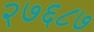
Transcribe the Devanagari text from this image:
२७६८७